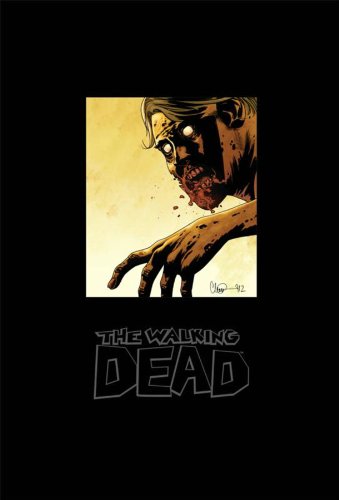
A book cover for The Walking Dead Omnibus, Vol. 4; Robert Kirkman; Comics & Graphic Novels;